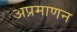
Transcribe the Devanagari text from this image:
अप्रमाणन